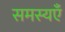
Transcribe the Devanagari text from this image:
समस्यएँ